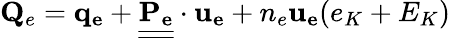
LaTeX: \mathbf{Q}_{e}=\mathbf{q_{e}}+\underline{{\underline{{\mathbf{P_{e}}}}}}\cdot\mathbf{u_{e}}+n_{e}\mathbf{u_{e}}(e_{K}+E_{K})